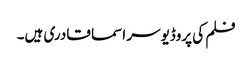
فلم کی پروڈیوسر اسما قادری ہیں۔